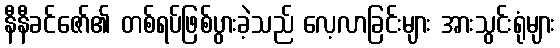
နီနီခင်ဇော်၏ တစ်ရပ်ဖြစ်ပွားခဲ့သည် လေ့လာခြင်းများ အားသွင်းရုံများ